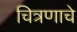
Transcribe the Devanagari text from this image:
चित्रणाचे